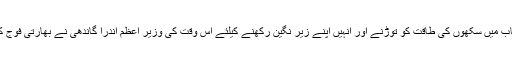
80 کی دہائی میں بھارتی پنجاب میں سکھوں کی طاقت کو توڑنے اور انہیں اپنے زیر نگین رکھنے کیلئے اس وقت کی وزیر اعظم اندرا گاندھی نے بھارتی فوج کو آپریشن بلیو سٹارکا حکم دیا۔